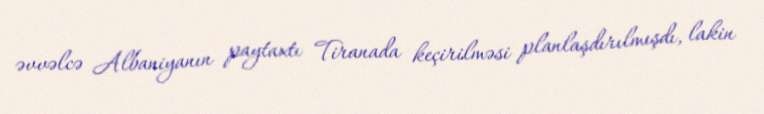
əvvəlcə Albaniyanın paytaxtı Tiranada keçirilməsi planlaşdırılmışdı, lakin